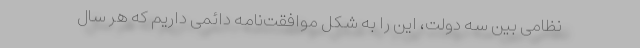
نظامی بین سه دولت، این را به شکل موافقت‌نامه دائمی داریم که هر سال